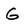
Character: G